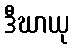
ဒီဃာယု